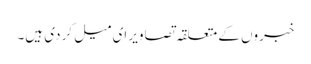
خبروں کے متعلقہ تصاویر ای میل کر دی ہیں۔